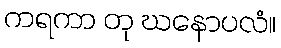
ကရကာ တု ဃနောပလံ။